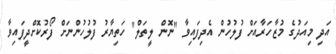
އަދި މިއަދުގެ މުޒާހަރާއަށް ފުލުހުން އެދިފައިވާ "ނޮން ލީތަލް" ހަތިޔާރު ފުލުހުންނަށް ފޯރުކޮށްދީފައިވާ